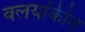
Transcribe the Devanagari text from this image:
वलयांकीत